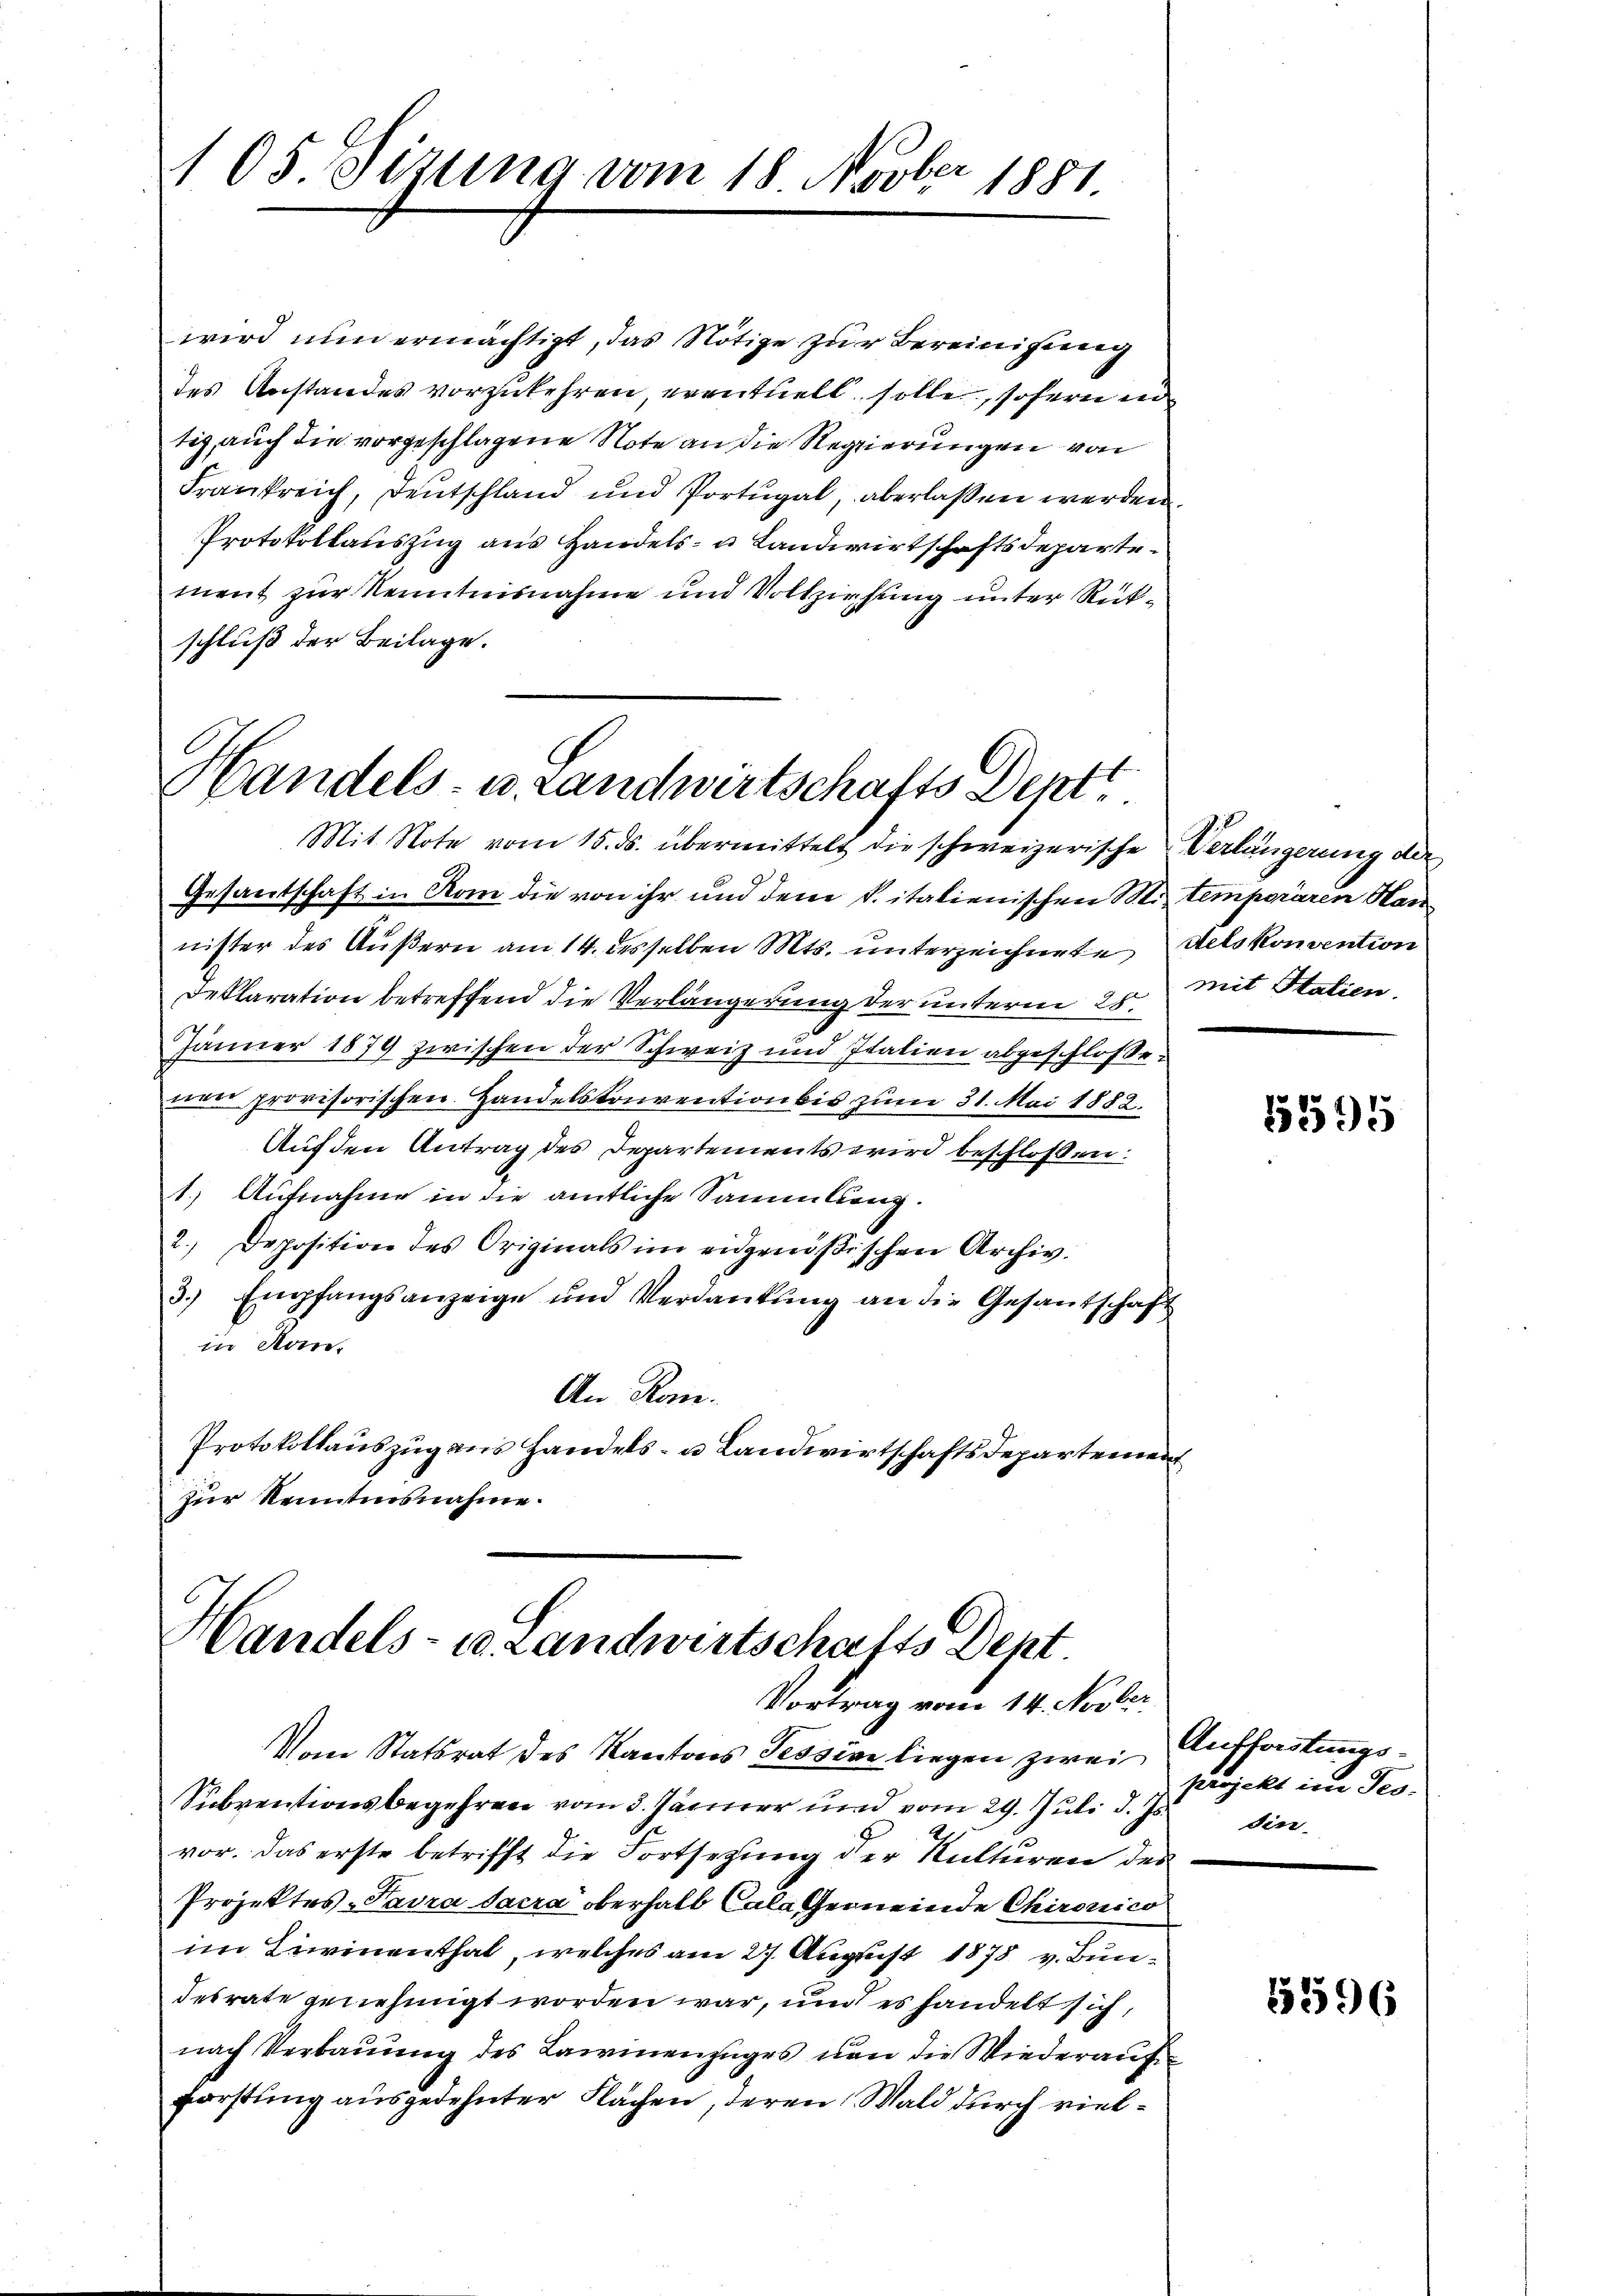
105 Sitzung vom 18 Novber 1881

wird nun ermächtigt, das Nötige zur Bereinigung
des Anstandes vorzukehren, eventuell solle, sofern in
tig, auch die vorgeschlagene Note an die Regierungen von
Frankreich, Deutschland und Portugal, aberlassen werden.
Protokollauszug aus Handels- u Landwirtschaftsdepartement zur Kenntnisnahme und Vollziehung unter Rückschluß der Beilage.

Handels- u. Landwirtschafts Dentt

Handels- u. Landwirtschafts Dent
Vortrag vom 14. Novber

Mit Note vom 15. ds. übermittelt die schweizerische Verlängerung der
Gesantschaft in Rom die von ihr und dem k. italienischen Mitemporären Han
nister des Äußern am 14. desselben Mts. unterzeichnete delskonvention
Declaration betreffend die Verlängerung der unterm 25.
Jänner 1879 zwischen der Schweiz und Italien abgeschloßenen provisorischen Handelskonvention bis zum 31. Mai 1882.
Auf den Antrag des Departements wird beschloßen:
1.) Aufnahme in die amtliche Sammlung.
2. Deposition des Originals im eidgenößischen Archiv.
3. Empfangsanzeige und Verdankŭng an die Gesandschaft
in An
An Rom.
Protokollauszug aus Handels- u Landwirtschaftsdepartement
zur Kenntnisnahme.

mit Statien.

Vom Statsrat des Kantons Tessine liegen zwei Aufforstungs¬
Subventionsbegehren vom 3. Jänner und vom 29. Juli d. Js.
vor. Das erste betrifft die Fortsetzung der Kulturen des
Projektes-Pavra sacra oberhalb Cala Gemeinde Chironico
im Livinenthal, welches am 27. August 1878 v. Bundesrate genehmigt worden war, und es handelt sich,
nach Verbauung des Lawinenzuges von die Wiederauf¬
Forstung ausgedehnter Flächen, deren Wald durch viel¬

5595

projekt im Tes-
din

5596